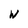
Character: W